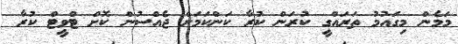
މަމެން މިގައުމު ތަރައްގީ ކުރަން ކުރާ ކަންކަމަށް ޖެއްސުން ކޮށް ޓްވީޓް ކުރާ